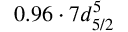
0 . 9 6 \cdot 7 d _ { 5 / 2 } ^ { 5 }